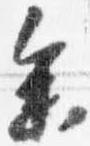
参